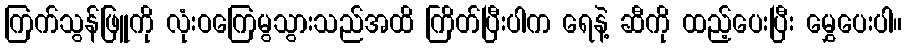
ကြက်သွန်ဖြူကို လုံးဝကြေမွသွားသည်အထိ ကြိတ်ပြီးပါက ရေနဲ့ ဆီကို ထည့်ပေးပြီး မွှေပေးပါ။